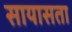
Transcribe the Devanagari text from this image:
सायासता